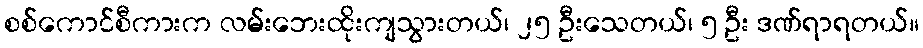
စစ်ကောင်စီကားက လမ်းဘေးထိုးကျသွားတယ်၊ ၂၅ ဦးသေတယ်၊ ၅ ဦး ဒဏ်ရာရတယ်။